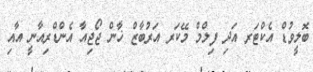
ބޮލީވުޑް އެކްޓަރ އަދި ފިލްމް މޭކަރ އަރުބާޒް ޚާން ޖޯޖިއާ އެންޑްރިއާނީ އާއި